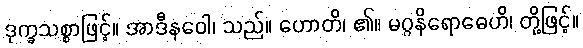
ဒုက္ခသစ္စာဖြင့်။ အာဒီနဝေါ၊ သည်။ ဟောတိ၊ ၏။ မဂ္ဂနိရောဓေဟိ၊ တို့ဖြင့်။